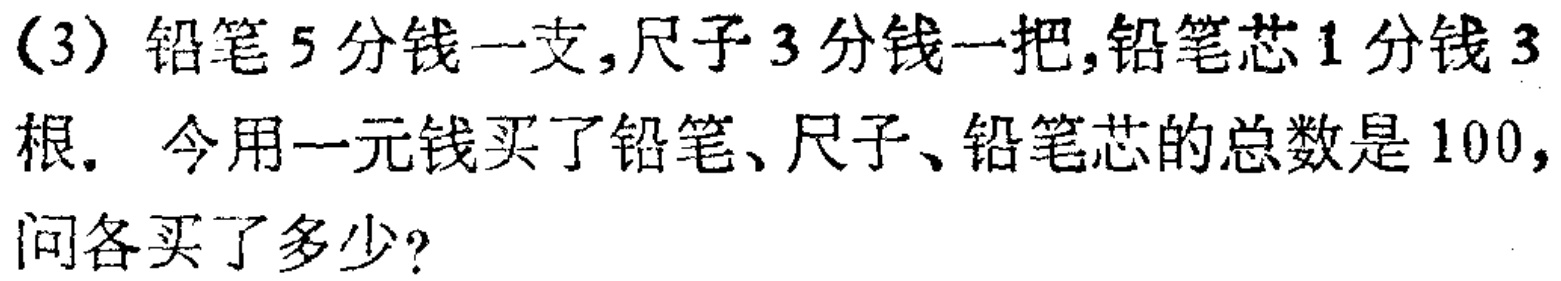
(3) 铅笔 5 分钱一支，尺子 3 分钱一把，铅笔芯 1 分钱 3 根. 今用一元钱买了铅笔、尺子、铅笔芯的总数是 100 根. 问各买了多少?